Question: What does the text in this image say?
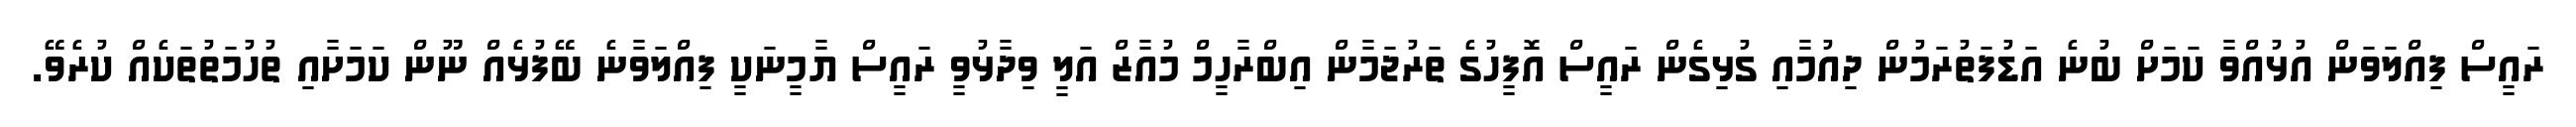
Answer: ރައީސް ފިއްލަވަން އުޅުއްވާ ކަމަށް ބުނެ އަޑުފަތުރަމުން ދިއުމާއި ގުޅިގެން ރައީސް އޮފީހުގެ ތަރުޖަމާން އިބްރާހީމް މުއާޒް އަލީ ވިދާޅުވީ ރައީސް ޔާމީނަކީ ފިއްލަވާނެ ބޭފުޅެއް ނޫން ކަމަށާއި ތުހުމަތުތަކެއް ކުރެވޭ.